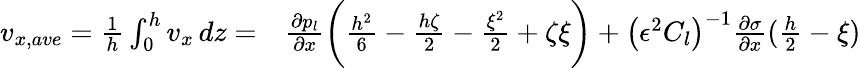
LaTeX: \begin{array}{rl}{v_{x,ave}=\frac{1}{h}\int_{0}^{h}v_{x}\, dz=}&{{}\frac{\partial p_{l}}{\partial x}\bigg(\frac{h^{2}}{6}-\frac{h\zeta}{2}-\frac{\xi^{2}}{2}+\zeta\xi\bigg)+\left(\epsilon^{2}C_{l}\right)^{-1}\frac{\partial\sigma}{\partial x}(\frac{h}{2}-\xi)}\end{array}